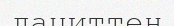
дациттен